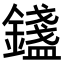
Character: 𨭮